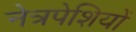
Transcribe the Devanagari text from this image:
नेत्रपेशियों